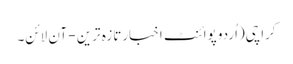
کراچی(اُردو پوائنٹ اخبارتازہ ترین - آن لائن۔